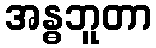
အန္ဓဘူတာ